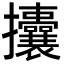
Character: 攮